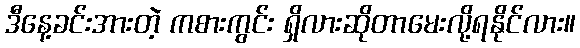
ဒီနေ့ခင်းအားတဲ့ ကစားကွင်း ရှိလားဆိုတာမေးလို့ရနိုင်လား။